Statistical return of the lunatic asylum in Assam - 1912-1932
Year: 1912
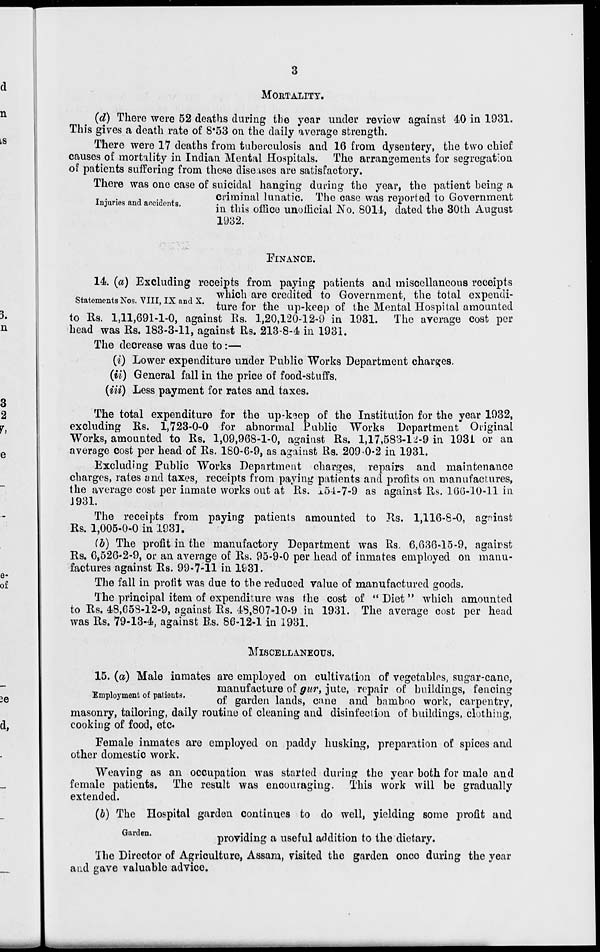
MORTALITY.
(d) There were 52 deaths during the year under review against 40 in 1931.
This gives a death rate of 8*53 on the daily average strength.
There were 17 deaths from tuberculosis and 16 from dysentery, the two chief
causes of mortality in Indian Mental Hospitals. The arrangements for segregation
of patients suffering from these diseases are satisfactory.
There was one case of suicidal hanging during the year, the patient being a
criminal lunatic. The case was reported to Government
in this office unofficial No. 8014, dated the 30th August
1932.
Injuries and accidents.
FINANCE.
14. (a) Excluding receipts from paying patients and miscellaneous receipts
XT
TTTTT T^
. „ which are credited to Government, the total expendi-
StatemeatsNo S .VIII,IXanax. ture fop ^ up . keei) of th e Mental Hospital amounted
to Rs. 1,11,691-1-0, against Es. 1,20,120-12-9 in 1931. The average cost per
head was Rs. 183-3-11, against Rs. 213-8-4 in 1931.
The decrease was due to :—
(i) Lower expenditure under Public Works Department charges.
(ii) General fall in the price of food-stuffs.
(Hi) Less payment for rates and taxes.
The total expenditure for the up-k^ep of the Institution for the year 1932,
excluding Rs. 1,723-0-0 for abnormal Public Works Department Original
Works, amounted to Rs. 1,09,968-1-0, against Rs. 1,17,583-12-9 in 1931 or an
average cost per head of Rs. 180-6-9, as against Rs. 209 0-2 in 1931.
Excluding Public Works Department charges, repairs and maintenance
charges, rates and taxes, receipts from paying patients and profits on manufactures,
the average cost per inmate works out at Rs. 154-7-9 as against Rs. 166-10-11 in
J931.
The receipts from paying patients amounted to Rs. 1,116-8-0, against
Rs. 1,005-0-0 in 1931.
(b) The profit in the manufactory Department was Rs. 6,636-15-9, agairst
Rs. 6,526-2-9, or an average of Rs. 95-9-0 per head of inmates employed on manu-
factures against Rs. 99-7-11 in 1931.
The fall in profit was due to the reduced value of manufactured goods.
The principal item of expenditure was the cost of " Diet " which amounted
to Rs. 48,658-12-9, against Rs. 48,807-10-9 in 1931. The average cost per head
was Rs. 79-13-4, against Rs. 86-12-1 in 1931.
MISCELLANEOUS.
15. (a) Male inmates are employed on cultivation of vegetables, sugar-cane,
manufacture of gur, -jute, repair of buildings, fencing
Employment of patients.
^ ^^ ^^ ^ ^ hnmhnQ WQrk> carpent ry,
masonry, tailoring, daily routine of cleaning and disinfection of buildings, clothing,
cooking of food, etc.
Female inmates are employed on paddy husking, preparation of spices and
other domestic work.
Weaving as an occupation was started during the year both for male and
female patients. The result was encouraging. This work will be gradually
extend eel.
(b) The Hospital garden continues to do well, yielding some profit and
Garden -
providing a useful addition to the dietary.
The Director of Agriculture, Assam, visited the garden onco during the year
and gave valuable advice.